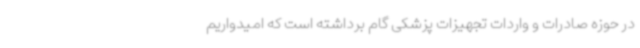
در حوزه صادرات و واردات تجهیزات پزشکی گام برداشته است که امیدواریم